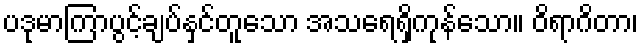
ပဒုမာကြာပွင့်ချပ်နှင်တူသော အသရေရှိကုန်သော။ ဝိရာဂိတာ၊